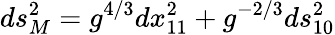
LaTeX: ds_{M}^{2}=g^{4/3}dx_{11}^{2}+g^{-2/3}ds_{10}^{2}